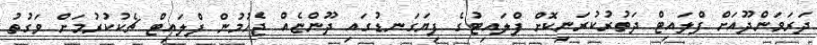
ދަރަވަންދޫއަށް ފްލައިޓް ދަތުރުކުރަނިކޮށް ފްލައިޓުގެ ފިޔަގަނޑުގައި ދޫންޏެއް ޖެހުމުން ފްލައިޓް ޗެކުކުރުމަށް ވަގުތު